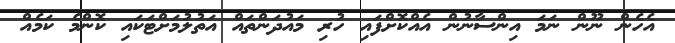
އެހެން ނޫން ނަމަ އިންސާނުން އެއްކޮށްފައި ހުރި މައުދަންތައް އަތުލުމަށްޓަކައި ކޮންމެ ކަމެއް